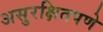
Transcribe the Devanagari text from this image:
असुरक्षितपणे